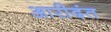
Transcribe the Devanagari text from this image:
आरीदंत